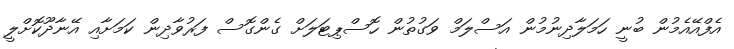
އެފްއޭއެމުން ބުނީ ހަމަލާދިނުމުން އަސްލަމް ވަގުތުން ހޮސްޕިޓަލަށް ގެންގޮސް ފަރުވާދިން ކަމަށާއި އޭނާދޫކޮށްލީ